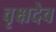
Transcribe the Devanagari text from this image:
वृक्षदेव